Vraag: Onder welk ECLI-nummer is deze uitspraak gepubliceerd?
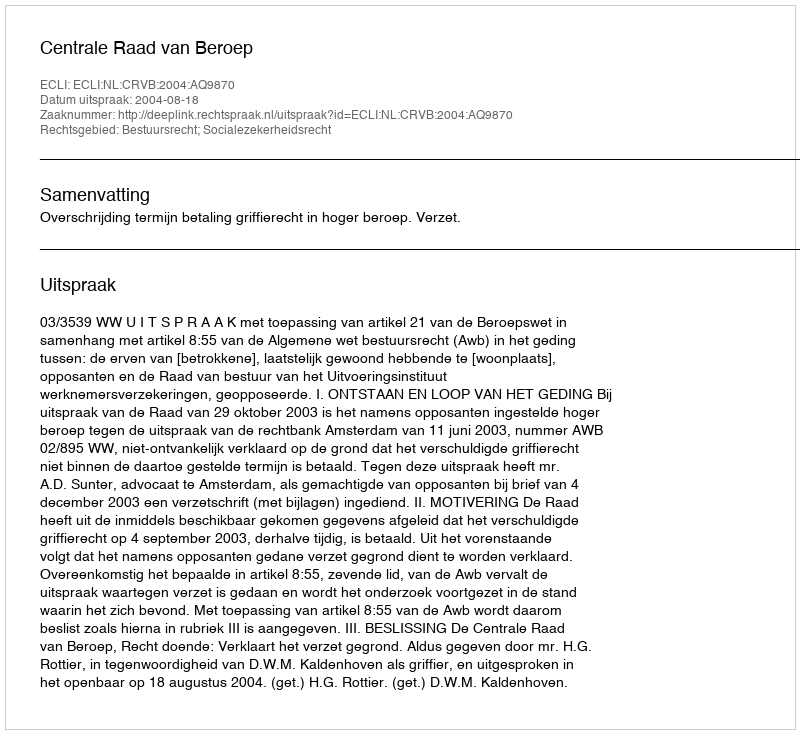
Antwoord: ECLI:NL:CRVB:2004:AQ9870